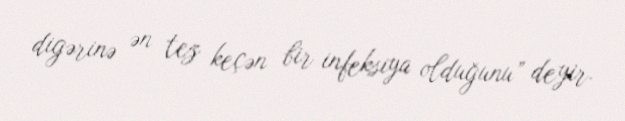
digərinə ən tez keçən bir infeksiya olduğunu” deyir.